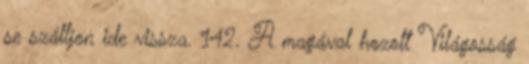
se szálljon ide vissza. 142. A magával hozott Világosság